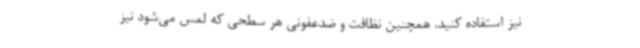
نیز استفاده کنید. همچنین نظافت و ضدعفونی هر سطحی که لمس می‌شود نیز